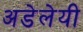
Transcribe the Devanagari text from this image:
अडेलेयी